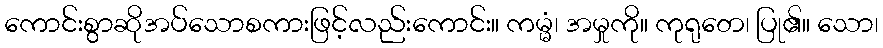
ကောင်းစွာဆိုအပ်သောစကားဖြင့်လည်းကောင်း။ ကမ္မံ၊ အမှုကို။ ကုရုတေ၊ ပြု၏။ သော၊